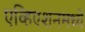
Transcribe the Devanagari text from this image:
एव्हिएशनमध्ये